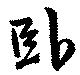
臥